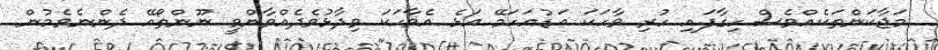
މަޖާކަންތަކެއްވެސް ހިގާފައި ހުރި ވާހަކަ އަޑުއަހަމޭ އަޅެ އެވާހަކަ ވިދާޅުވެދެއްވާންވީ ނޫންތޯއޭ ދެންނެވެމުން